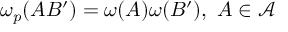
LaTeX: \omega _ { p } ( A B ^ { \prime } ) = \omega ( A ) \omega ( B ^ { \prime } ) , \, \, A \in \mathcal { A }